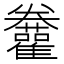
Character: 𩁫